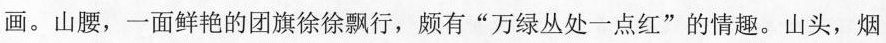
画。山腰，一面鲜艳的团旗徐徐飘行，颇有”万绿丛处一点红”的情趣。山头，烟